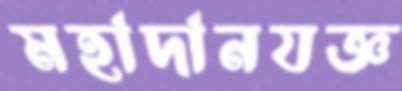
মহাদানযজ্ঞ